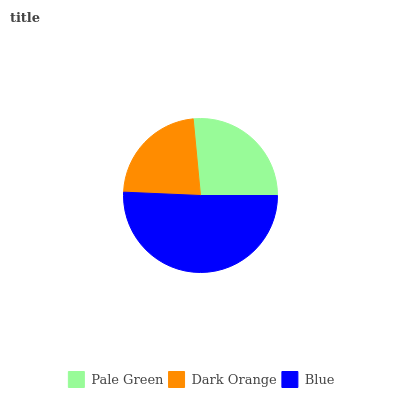
| Pale Green | Dark Orange | Blue |
 | --- | --- | --- |
 | 26.6% | 22.7% | 50.7% |